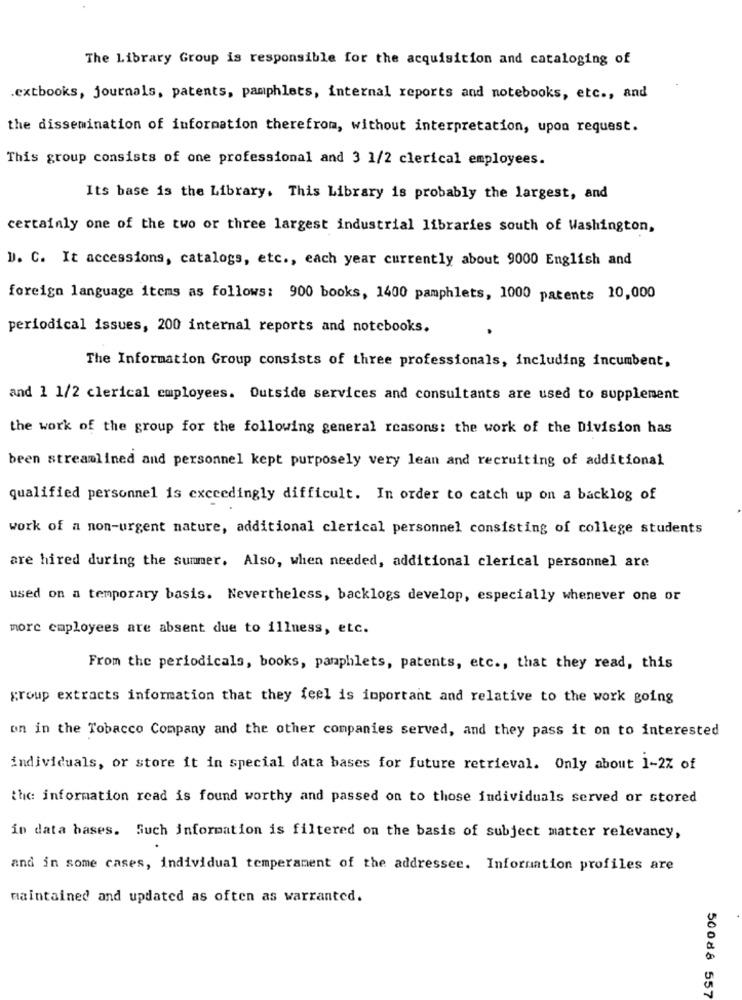
The Library Group is responsible for the acquisition and cataloging of
.extbooks, journals, patents, pamphlets, internal reports and notebooks, etc ., and
the dissemination of information therefrom, without interpretation, upon request.
This group consists of one professional and 3 1/2 clerical employees.
Its base is the Library. This Library is probably the largest, and
certainly one of the two or three largest industrial libraries south of Washington,
D. C. It accessions, catalogs, etc ., each year currently about 9000 English and
foreign language items as follows: 900 books, 1400 pamphlets, 1000 patents 10,000
periodical issues, 200 internal reports and notebooks.
The Information Group consists of three professionals, including incumbent,
and 1 1/2 clerical employees. Outside services and consultants are used to supplement
the work of the group for the following general reasons: the work of the Division has
been streamlined and personnel kept purposely very lean and recruiting of additional
qualified personnel is exceedingly difficult. In order to catch up on a backlog of
work of a non-urgent nature, additional clerical personnel consisting of college students
are hired during the summer. Also, when needed, additional clerical personnel are
used on a temporary basis. Nevertheless, backlogs develop, especially whenever one or
more employees are absent due to illness, etc.
From the periodicals, books, pamphlets, patents, etc ., that they read, this
group extracts information that they feel is important and relative to the work going
on in the Tobacco Company and the other companies served, and they pass it on to interested
individuals, or store it in special data bases for future retrieval. Only about 1-2% of
the information read is found worthy and passed on to those individuals served or stored
in data bases. Such information is filtered on the basis of subject matter relevancy,
and in some cases, individual temperament of the addressee. Information profiles are
maintained and updated as often as warranted.
50088 557